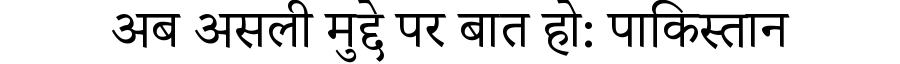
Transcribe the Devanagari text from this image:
अब असली मुद्दे पर बात हो: पाकिस्तान